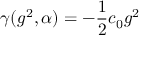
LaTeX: \gamma ( g ^ { 2 } , \alpha ) = - \frac { 1 } { 2 } c _ { 0 } g ^ { 2 }